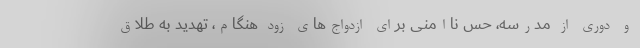
و دوری از مدرسه، حس ناامنی برای ازدواج‌های زود هنگام، تهدید به طلاق